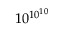
1 0 ^ { 1 0 ^ { 1 0 } }